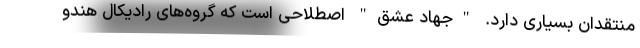
منتقدان بسیاری دارد. "جهاد عشق" اصطلاحی است که گروه‌های رادیکال هندو